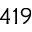
4 1 9